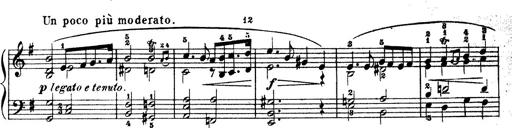
Title: Wagner-Liszt Album
Composer: Franz Liszt